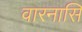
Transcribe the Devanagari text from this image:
वारनासि